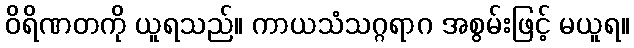
ဝိရိဏတကို ယူရသည်။ ကာယသံသဂ္ဂရာဂ အစွမ်းဖြင့် မယူရ။